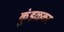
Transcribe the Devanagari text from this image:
कुंडळकर